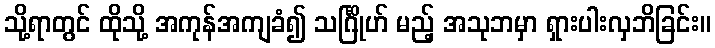
သို့ရာတွင် ထိုသို့ အကုန်အကျခံ၍ သင်္ဂြိုဟ် မည့် အသုဘမှာ ရှားပါးလှဘိခြင်း။